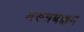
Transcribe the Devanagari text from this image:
अरूमबक्कम